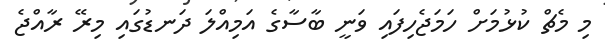
މި މެޗް ކުޅުމަށް ހަމަޖެހިފައި ވަނީ ބާސާގެ އަމިއްލަ ދަނޑުގައި މިރޭ ރާއްޖެ